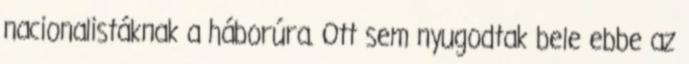
nacionalistáknak a háborúra. Ott sem nyugodtak bele ebbe az